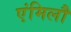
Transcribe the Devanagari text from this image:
एंमिलौ